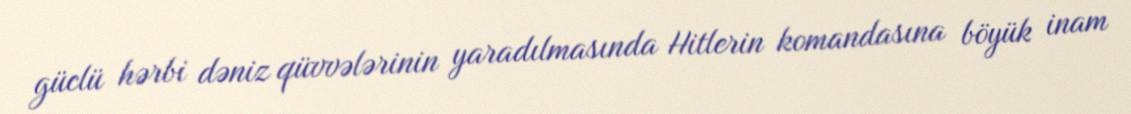
güclü hərbi dəniz qüvvələrinin yaradılmasında Hitlerin komandasına böyük inam